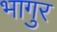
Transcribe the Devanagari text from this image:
भागुर